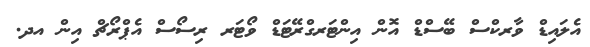
އެލައިޑް ވާރކްސް ބޭސްޑް އޮން އިންޓަރގްރޭޓަޑް ވޯޓަރ ރިސޯސް އެޕްރޯޗް އިން އދ.